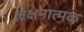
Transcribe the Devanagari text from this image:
लक्षनात्मक